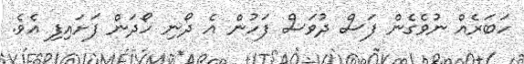
ހަބަރެއް ނުވެގެން ފަސް ދުވަސް ފަހުން އެ ދޯނި ހޯދަން ފަށައިފި އެވެ.